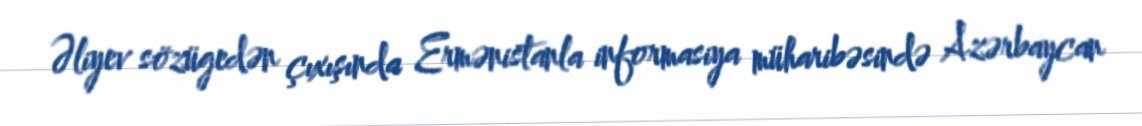
Əliyev sözügedən çıxışında Ermənistanla informasiya müharibəsində Azərbaycan